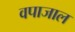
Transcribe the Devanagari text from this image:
वपाजाल